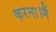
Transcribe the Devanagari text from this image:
करना।मैं